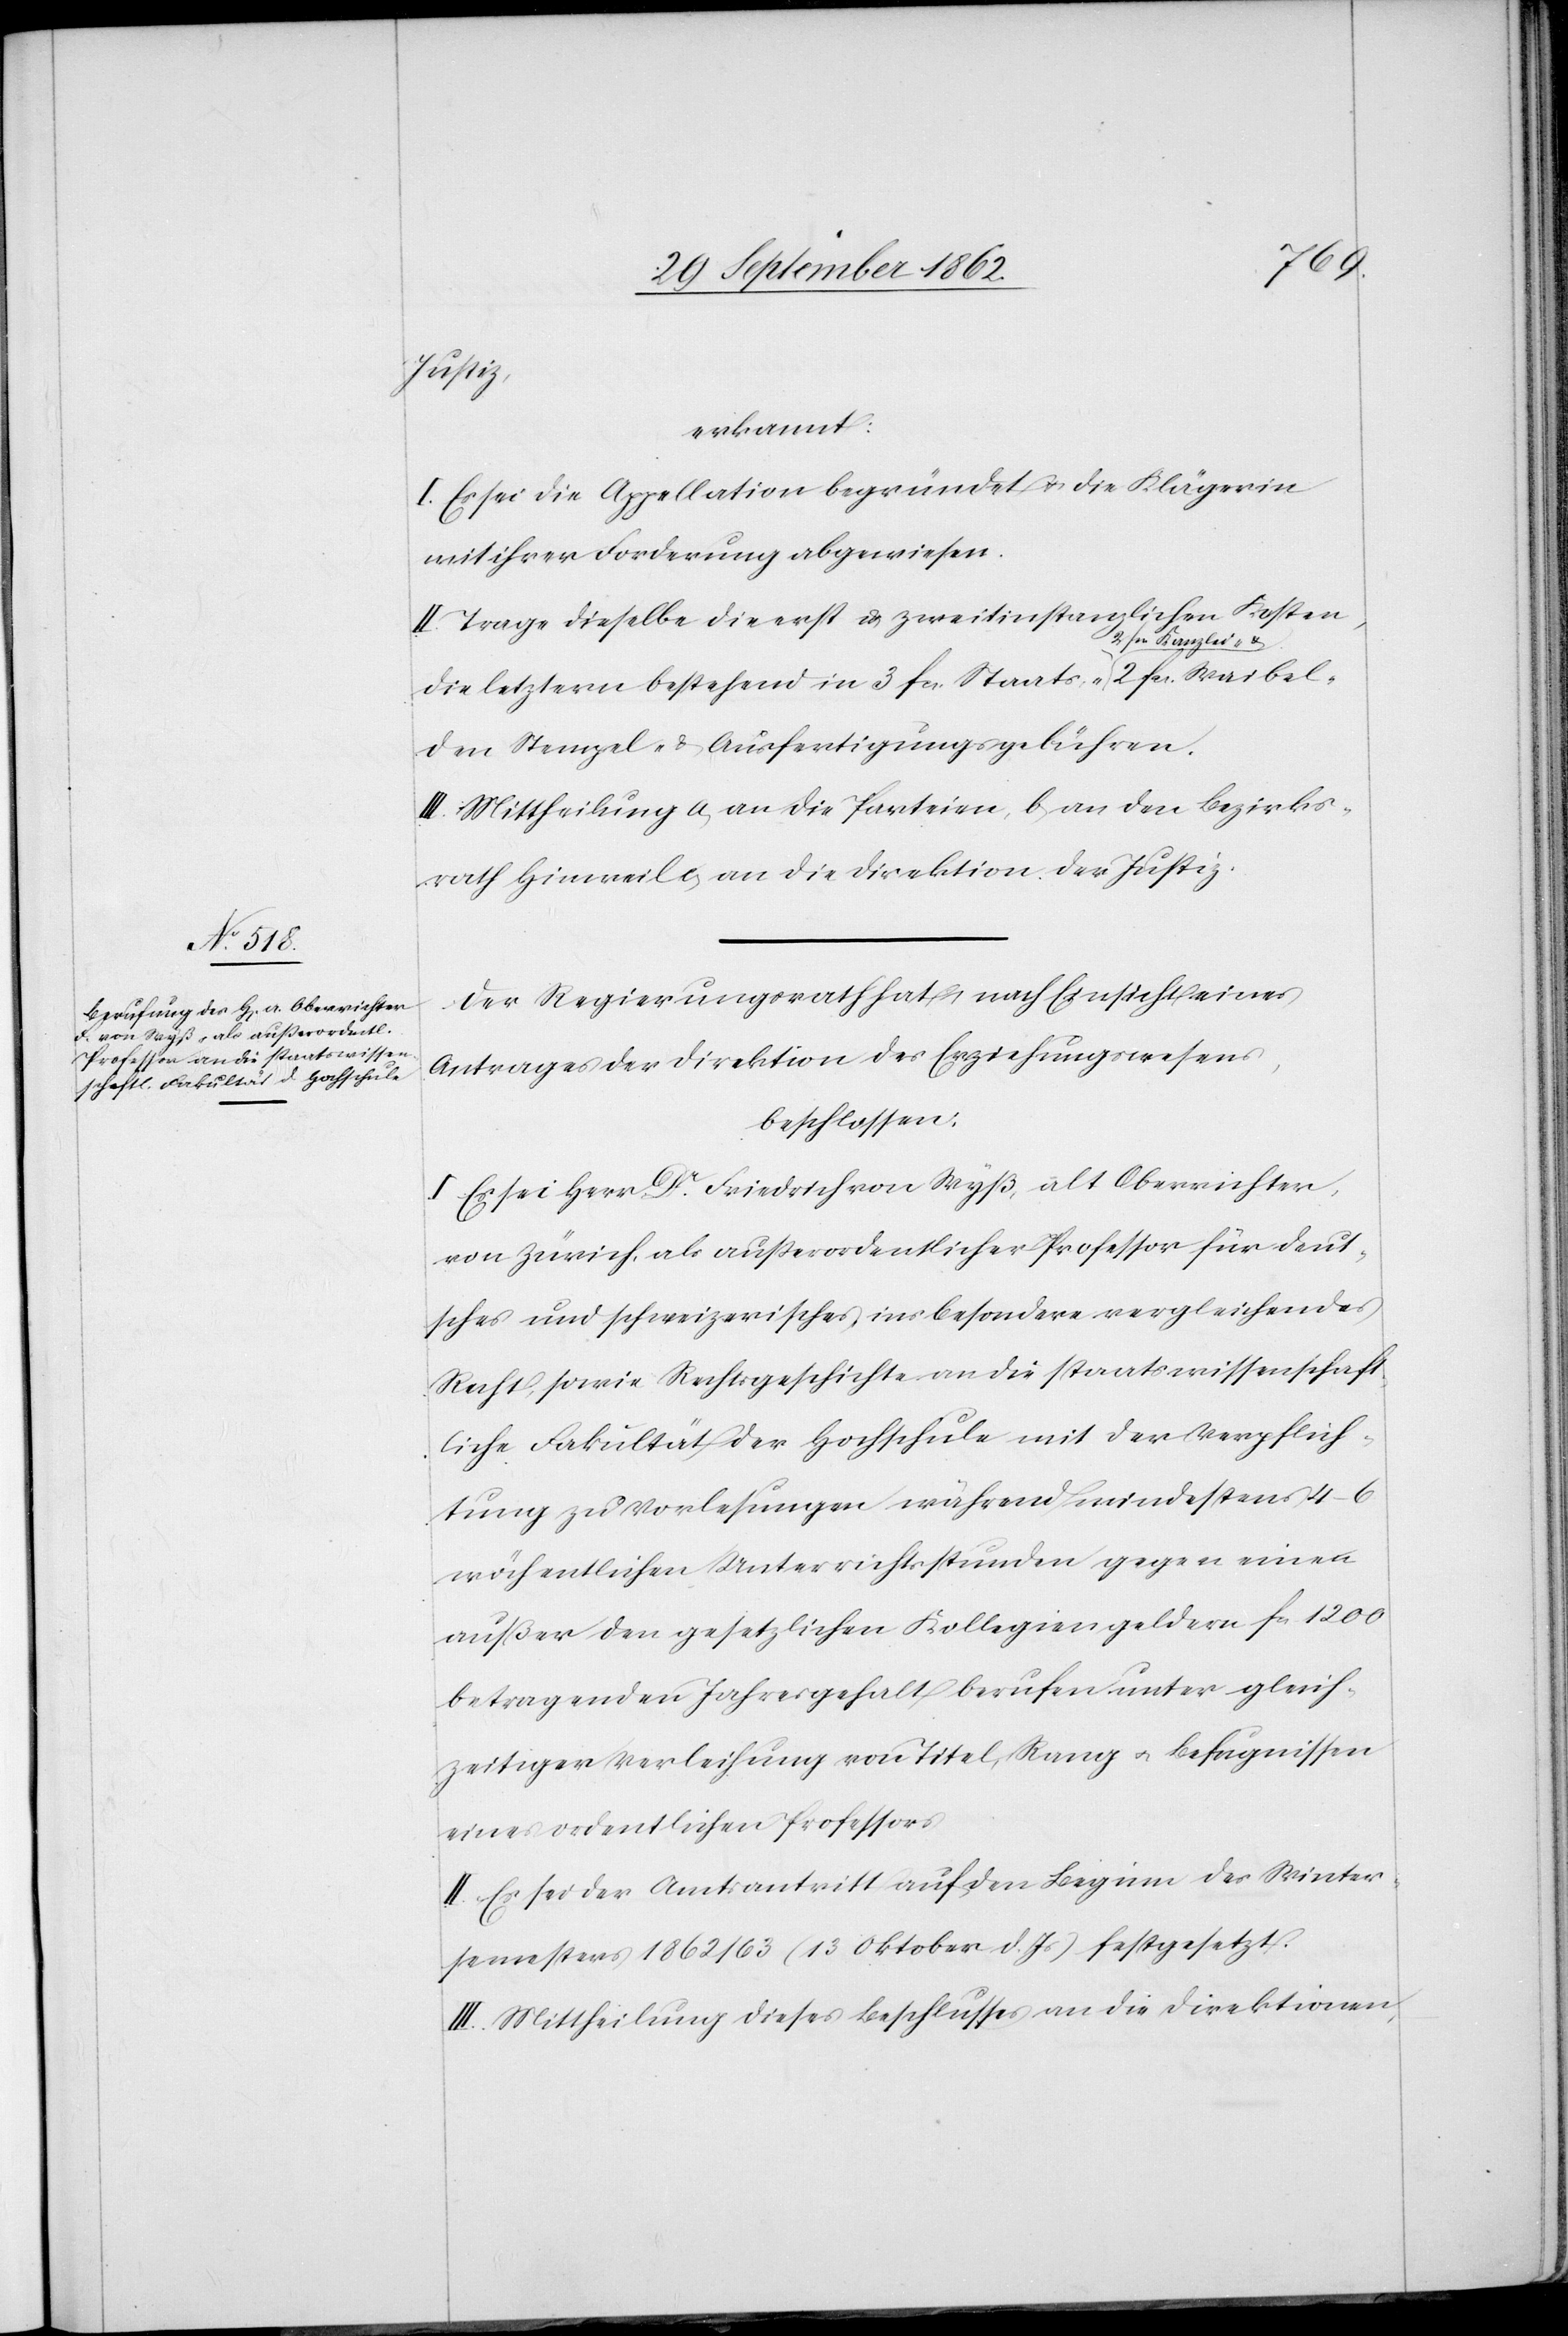
Justiz,
erkannt:
I. Es sei die Appellation begründet u. die Klägerin
mit ihrer Forderung abgewiesen.
II. Trage dieselbe die erst u. zweitinstanzlichen Kosten,
die letztern bestehend in 3 fcs. Staats-[,] 2 fcs Kanzlei-
den Stempel-[,] u. Ausfertigungsgebühren.
III. Mittheilung a. an die Parteien, b. an den Bezirks¬
rath Hinweil c. an die Direktion der Justiz.
Der Regierungsrath hat nach Einsicht eines
Antrages der Direktion des Erziehungswesens,
beschlossen:
Es sei Herr Dr. Friedrich von Wyß, alt Oberrichter,
von Zürich, als außerordentlicher Professor für deut¬
sches und schweizerisches, insbesondere vergleichendes
Recht, sowie Rechtsgeschichte an die staatswissenschaft¬
liche Fakultät der Hochschule mit der Verpflich¬
tung zu Vorlesungen während mindestens 4–6
wöchentlichen Unterrichtsstunden gegen einen
außer den gesetzlichen Kollegiengeldern fc[s]. 122
betragenden Jahresgehalt berufen unter gleich¬
zeitiger Verleihung von Titel, Rang u. Befugnissen
eines ordentlichen Professors.
II. Es sei der Amtsantritt auf den Beginn des Winter¬
semesters 1862/63 (13. Oktober d. Js.) festgesetzt.
III. Mittheilung dieses Beschlusses an die Direktionen,